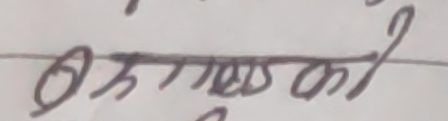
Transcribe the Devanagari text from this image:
कम्पनीको